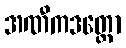
အဏီကဒတ္တော